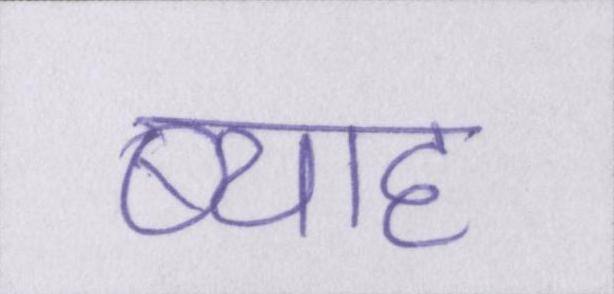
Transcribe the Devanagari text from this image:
ब्याह